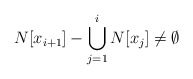
\begin{align*}N[x_{i+1}]-\bigcup_{j=1}^{i}N[x_j]\not=\emptyset\end{align*}